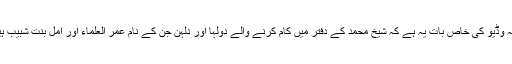
البتہ وڈیو کی خاص بات یہ ہے کہ شیخ محمد کے دفتر میں کام کرنے والے دولہا اور دلہن جن کے نام عمر العلماء اور امل بنت شبیب ہیں۔